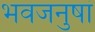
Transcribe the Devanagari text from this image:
भवजनुषां